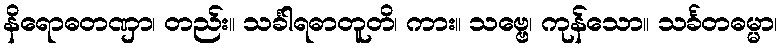
နိရောဓတဏှာ၊ တည်း။ သင်္ခါရဓာတူတိ၊ ကား။ သဗ္ဗေ၊ ကုန်သော။ သင်္ခတဓမ္မာ၊